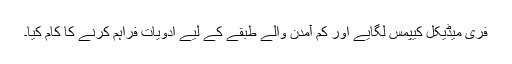
فری میڈیکل کیپمس لگایے اور کم آمدن والے طبقے کے لیے ادویات فراہم کرنے کا کام کیا۔